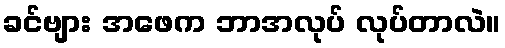
ခင်ဗျား အဖေက ဘာအလုပ် လုပ်တာလဲ။